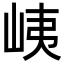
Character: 峓